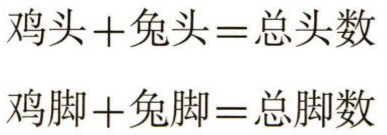
\(鸡头 + 兔头 = 总头数\)

\(鸡脚 + 兔脚 = 总脚数\)